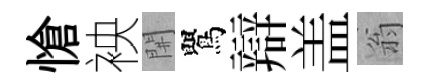
愴䘧𨳩鸎辯盖翁